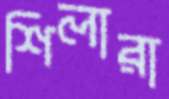
শিলারা